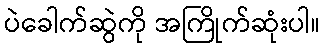
ပဲခေါက်ဆွဲကို အကြိုက်ဆုံးပါ။